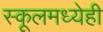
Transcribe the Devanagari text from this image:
स्कूलमध्येही